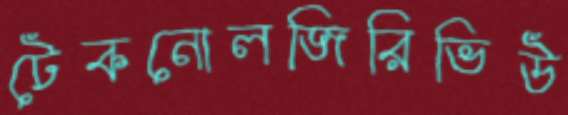
টেকনোলজিরিভিউ